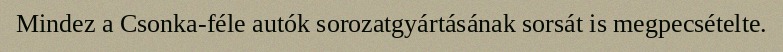
Mindez a Csonka-féle autók sorozatgyártásának sorsát is megpecsételte.